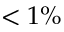
< 1 \%